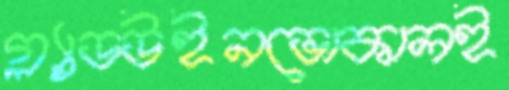
গ্ল্যাডউইনভোকালই